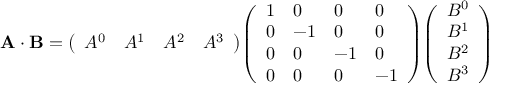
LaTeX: \mathbf { A \cdot B } = { \left( \begin{array} { l l l l } { A ^ { 0 } } & { A ^ { 1 } } & { A ^ { 2 } } & { A ^ { 3 } } \end{array} \right) } { \left( \begin{array} { l l l l } { 1 } & { 0 } & { 0 } & { 0 } \\ { 0 } & { - 1 } & { 0 } & { 0 } \\ { 0 } & { 0 } & { - 1 } & { 0 } \\ { 0 } & { 0 } & { 0 } & { - 1 } \end{array} \right) } { \left( \begin{array} { l } { B ^ { 0 } } \\ { B ^ { 1 } } \\ { B ^ { 2 } } \\ { B ^ { 3 } } \end{array} \right) }